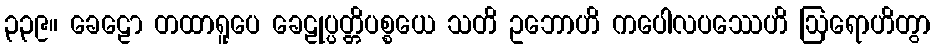
၃၃၉။ ခေဠော တထာရူပေ ခေဠုပ္ပတ္တိပစ္စယေ သတိ ဥဘောဟိ ကပေါလပဿေဟိ ဩရောဟိတွာ